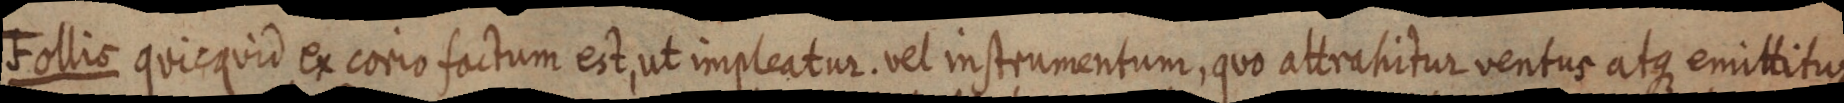
Follis quicquid ex corio factum est, ut impleatur. vel instrumentum, quo attrahitur ventus atque emittitur